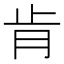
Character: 肯